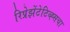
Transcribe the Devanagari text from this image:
रिप्रेझेंटेटिव्ह्सचा